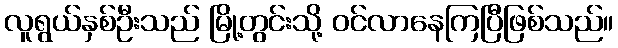
လူရွယ်နှစ်ဦးသည် မြို့တွင်းသို့ ဝင်လာနေကြပြီဖြစ်သည်။